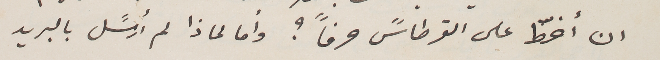
ان أخطّ على القرطاسً حرفاً؟ وأما لماذا لم أرسًل بالبريد